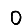
Digit: 0